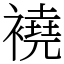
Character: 襓